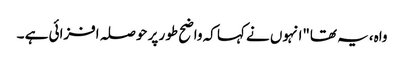
واہ، یہ تھا"انہوں نے کہا کہ واضح طور پر حوصلہ افزائی ہے ۔